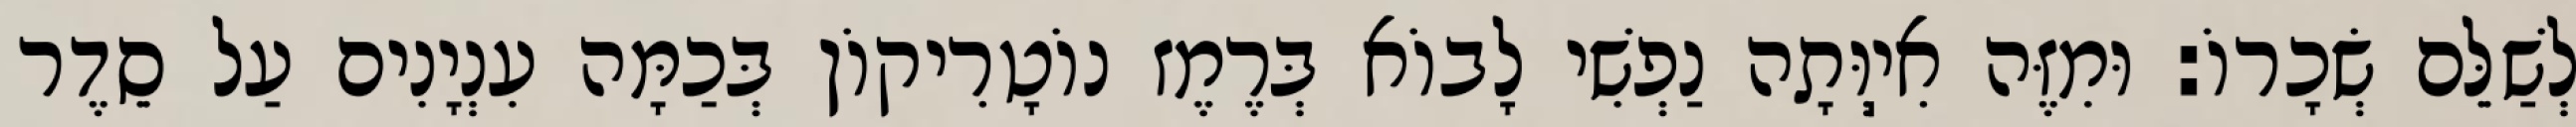
לְשַׁלֵּם שְׂכָרוֹ: וּמִזֶּה אִיֽוְּתָה נַפְשִׁי לָבוֹא בְּרֶמֶז נוֹטָרִיקוֹן בְּכַמָּה עִנְיָנִים עַל סֵדֶר